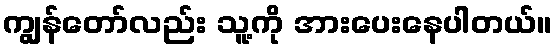
ကျွန်တော်လည်း သူ့ကို အားပေးနေပါတယ်။